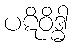
ပဋိဝိဒ္ဓါ